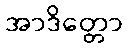
အာဒိတ္တော